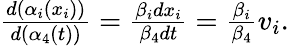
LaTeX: \begin{array}{r}{\frac{d(\alpha_{i}(x_{i}))}{d(\alpha_{4}(t))}=\frac{\beta_{i}dx_{i}}{\beta_{4}dt}=\frac{\beta_{i}}{\beta_{4}}v_{i}.}\end{array}